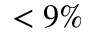
< 9 \%